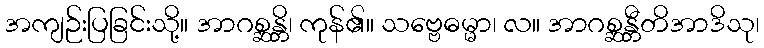
အကျဉ်းပြခြင်းသို့။ အာဂစ္ဆန္တိ၊ ကုန်၏။ သဗ္ဗေဓမ္မာ၊ လ။ အာဂစ္ဆန္တီတိအာဒိသု၊